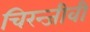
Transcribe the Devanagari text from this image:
चिरन्जीवी